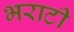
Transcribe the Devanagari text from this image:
भराटी